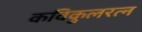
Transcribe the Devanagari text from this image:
कविकुलरत्न